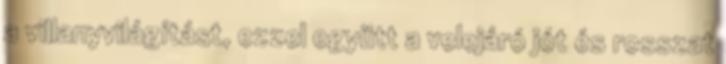
a villanyvilágítást, ezzel együtt a velejáró jót és rosszat